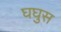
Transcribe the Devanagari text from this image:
घघुस